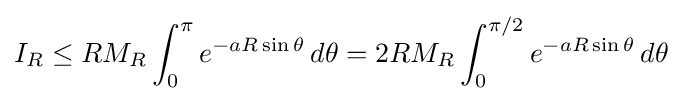
I_{R}\leq RM_{R}\int _{0}^{\pi }e^{-aR\sin \theta }\,d\theta =2RM_{R}\int _{0}^{\pi /2}e^{-aR\sin \theta }\,d\theta